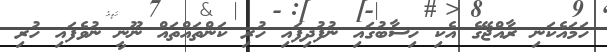
ހަމައެކަނި ރާއްޖޭގެ އެކި ހިސާބުގައި ނުފުދިފައި ހުރި ކަންތައްތައް ނޫނީ ނުވެފައި ހުރި